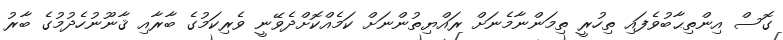
ގޮސް އިންތިޙާބުވެފައި ތިހުރީ ތިމަންނާމެނަށް ރައްޔިތުންނަށް ކަމެއްކޮށްދެވޭނީ ވެރިކަމުގެ ބާރާއި ޤާނޫނުހެދުމުގެ ބާރު